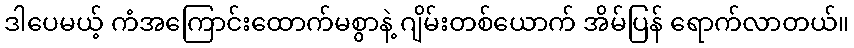
ဒါပေမယ့် ကံအကြောင်းထောက်မစွာနဲ့ ဂျိမ်းတစ်ယောက် အိမ်ပြန် ရောက်လာတယ်။